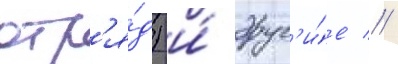
отр'я́д) и́ друг'и́е //